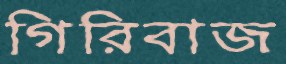
গিরিবাজ